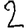
Digit: 2